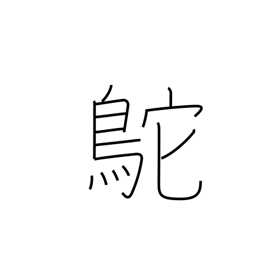
Meaning: Chinese ostrich